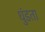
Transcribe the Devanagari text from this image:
धुंडता